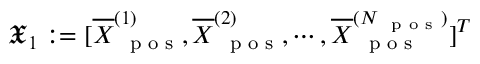
\mathfrak X _ { 1 } : = [ \overline { { \boldsymbol X } } _ { \mathrm { ~ \scriptsize ~ p ~ o ~ s ~ } } ^ { ( 1 ) } , \overline { { \boldsymbol X } } _ { \mathrm { ~ \scriptsize ~ p ~ o ~ s ~ } } ^ { ( 2 ) } , \cdots , \overline { { \boldsymbol X } } _ { \mathrm { ~ \scriptsize ~ p ~ o ~ s ~ } } ^ { ( N _ { \mathrm { ~ \scriptsize ~ p ~ o ~ s ~ } } ) } ] ^ { T }